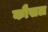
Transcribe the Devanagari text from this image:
कौसल